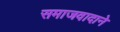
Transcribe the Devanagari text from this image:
समाजवादाने